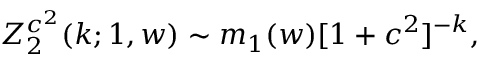
Z _ { 2 } ^ { c ^ { 2 } } ( k ; 1 , w ) \sim m _ { 1 } ( w ) [ 1 + c ^ { 2 } ] ^ { - k } ,